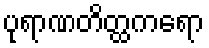
ပုရာဏတိတ္ထကရော